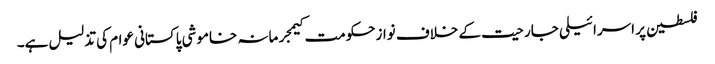
فلسطین پر اسرائیلی جارحیت کے خلاف نوازحکومت کیمجرمانہ خاموشی پاکستانی عوام کی تذلیل ہے۔